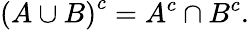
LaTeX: \left(A\cup B\right)^{c}=A^{c}\cap B^{c}.